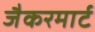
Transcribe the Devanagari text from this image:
जैकरमार्ट